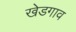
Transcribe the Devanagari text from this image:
खेडगाव